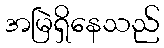
အမြဲရှိနေသည်